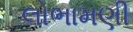
લોભામણી